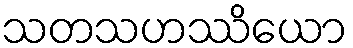
သတသဟဿိယော